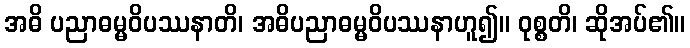
အဓိ ပညာဓမ္မဝိပဿနာတိ၊ အဓိပညာဓမ္မဝိပဿနာဟူ၍။ ဝုစ္စတိ၊ ဆိုအပ်၏။